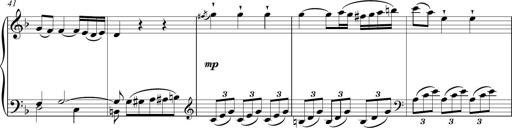
Title: Sonatina Vienesa al estilo de J.Haydn
Composer: JosÃ© RamÃ³n HernÃ¡ndez Bellido